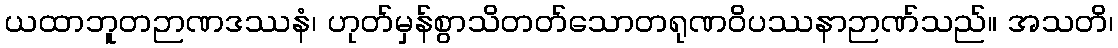
ယထာဘူတဉာဏဒဿနံ၊ ဟုတ်မှန်စွာသိတတ်သောတရုဏဝိပဿနာဉာဏ်သည်။ အသတိ၊